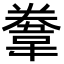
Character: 韏